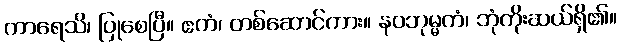
ကာရေသိ၊ ပြုစေပြီ။ ဧကံ၊ တစ်ဆောင်ကား။ နဝဘုမ္မကံ၊ ဘုံကိုးဆယ်ရှိ၏။